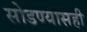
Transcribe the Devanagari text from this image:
सोडण्यासही